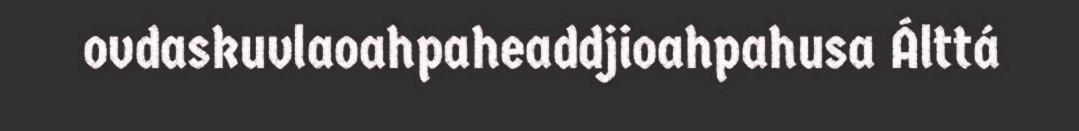
ovdaskuvlaoahpaheaddjioahpahusa Álttá